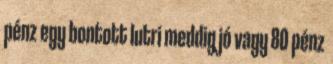
pénz egy bontott lutri meddig jó vagy 80 pénz